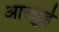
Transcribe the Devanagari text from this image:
आल्त्रुई